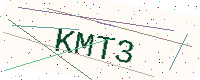
Text: KMT3